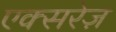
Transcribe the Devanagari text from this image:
एक्सरेज़